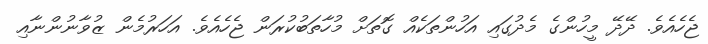
ޖެހެއެވެ. ދޭދޭ މީހުންގެ މެދުގައި އަހުންތަކެއް ގޮތަށް މުހާތަބުކުރަން ޖެހެއެވެ. އަހަރުމެން ޒުވާނުންނާއި